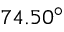
7 4 . 5 0 ^ { \circ }